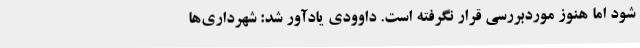
شود اما هنوز موردبررسی قرار نگرفته است. داوودی یادآور شد: شهرداری‌ها